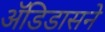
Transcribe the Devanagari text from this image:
अॅडिडासने